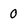
Character: 0